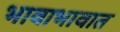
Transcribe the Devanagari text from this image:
भावाभावात